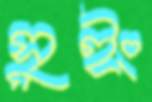
সুইং